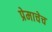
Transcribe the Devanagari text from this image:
प्रेमाचेच